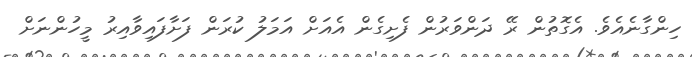
ހިންގާނެއެވެ. އެގޮތުން ރޭ ދަންވަރުން ފެށިގެން އެއަށް އަމަލު ކުރަން ފަށާފައިވާއިރު މީހުންނަށް